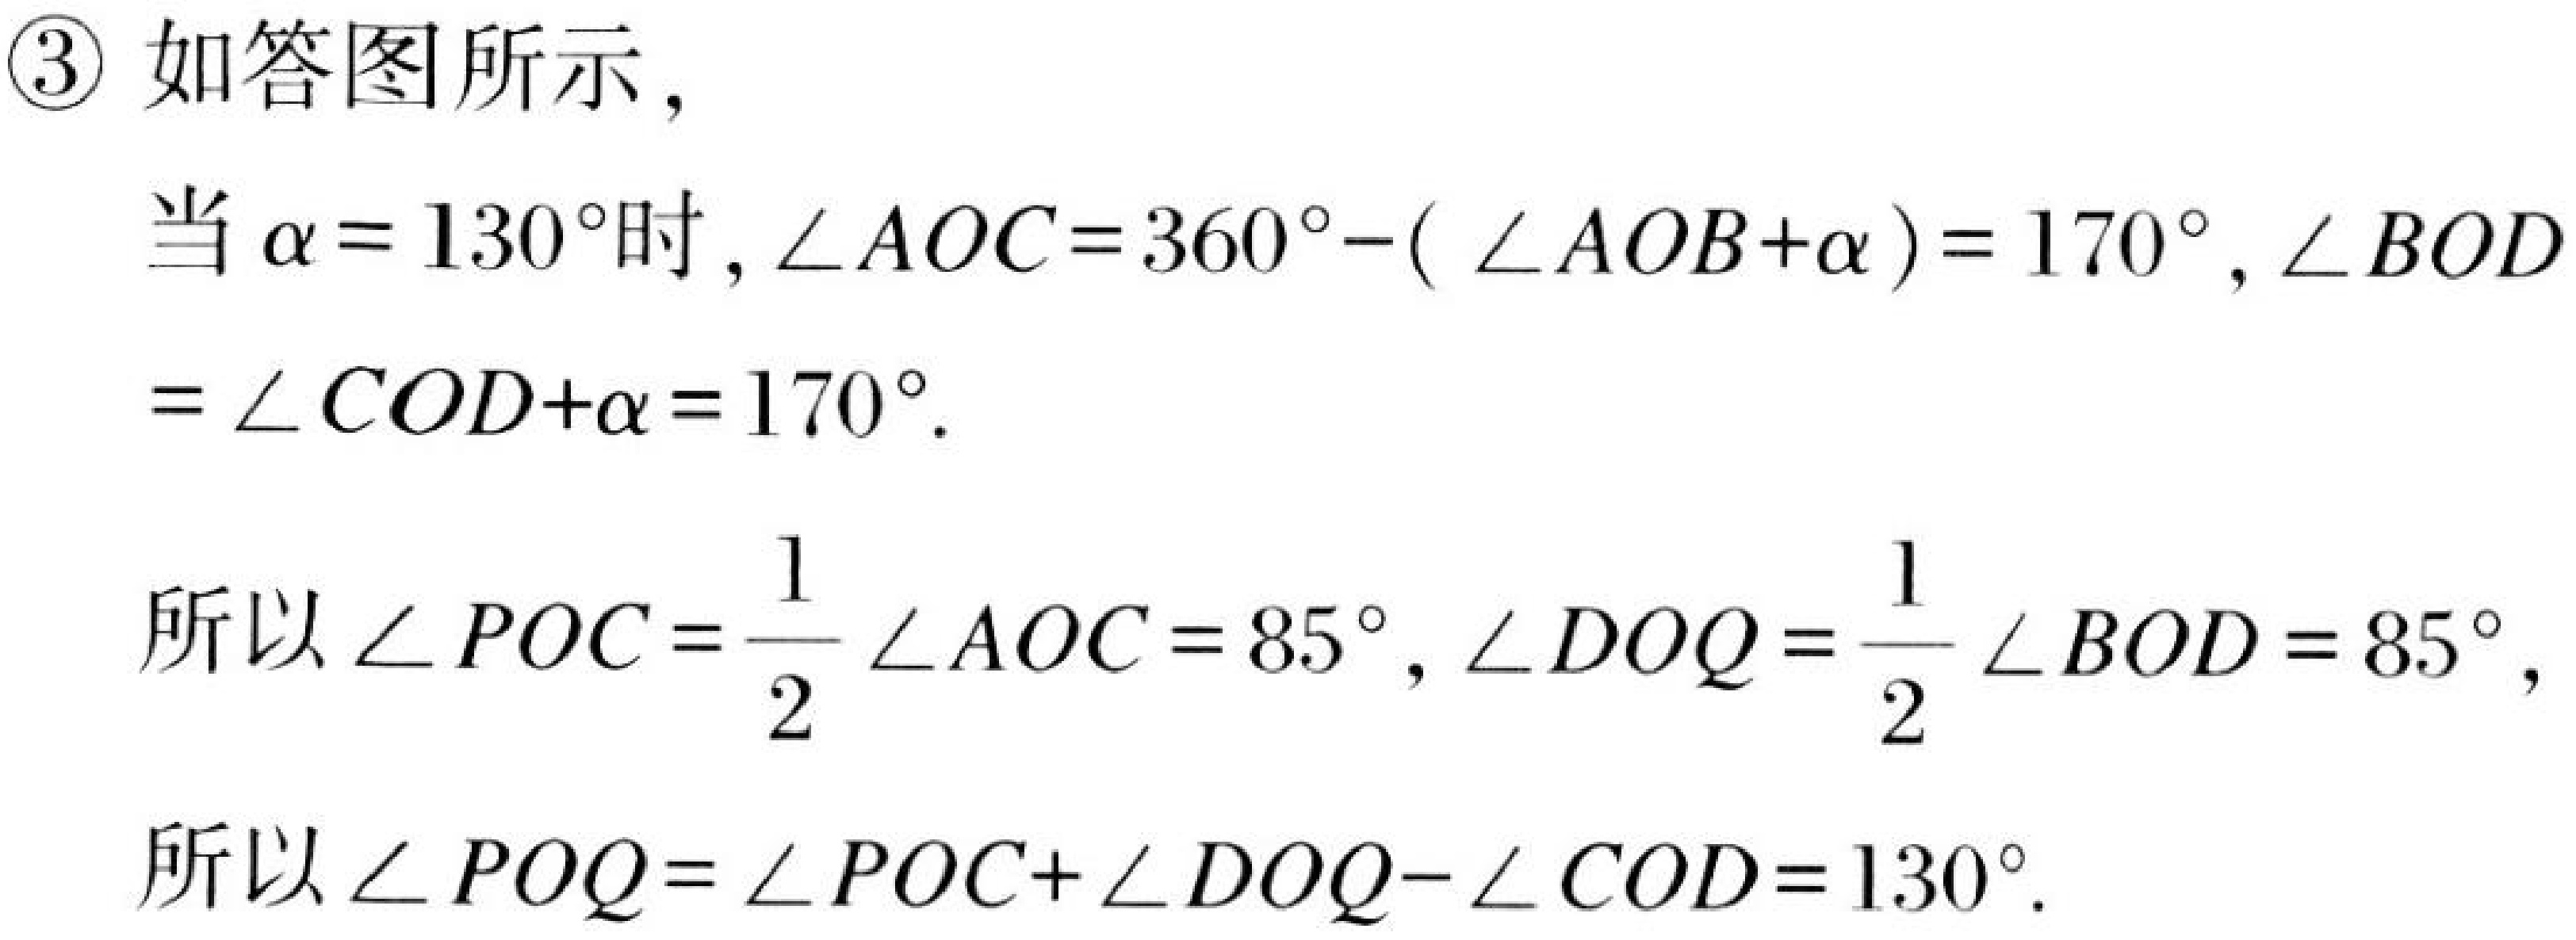
\textcircled{3} 如答图所示，
当\(\alpha = 130^{\circ}\)时，\(\angle AOC=360^{\circ}-(\angle AOB+\alpha)=170^{\circ}\)，\(\angle BOD=\angle COD+\alpha = 170^{\circ}\).
所以\(\angle POC=\frac{1}{2}\angle AOC = 85^{\circ}\)，\(\angle DOQ=\frac{1}{2}\angle BOD = 85^{\circ}\)，
所以\(\angle POQ=\angle POC+\angle DOQ-\angle COD = 130^{\circ}\).